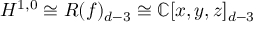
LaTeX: H ^ { 1 , 0 } \cong R ( f ) _ { d - 3 } \cong \mathbb { C } [ x , y , z ] _ { d - 3 }